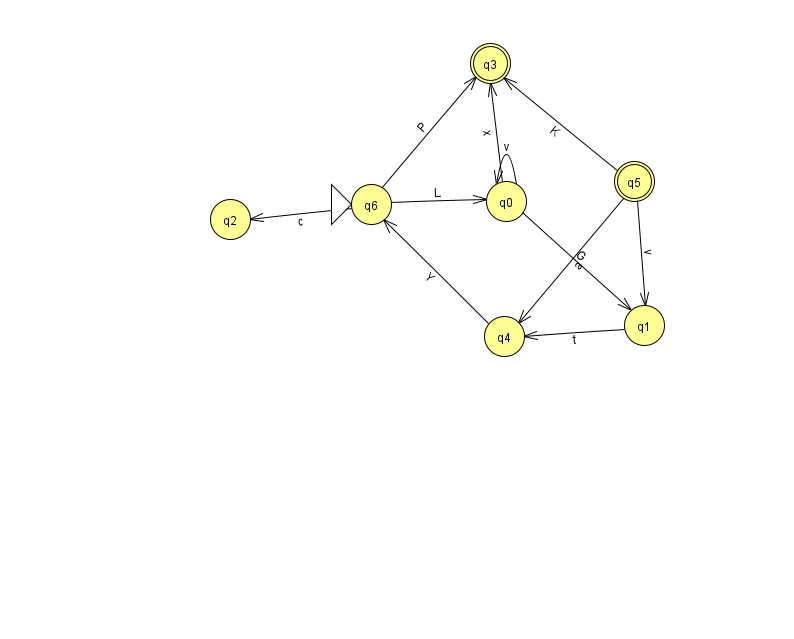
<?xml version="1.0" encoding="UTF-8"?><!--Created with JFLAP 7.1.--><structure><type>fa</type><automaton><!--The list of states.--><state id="0" name="q0"><x>506.0</x><y>188.0</y></state><state id="1" name="q1"><x>644.0</x><y>312.0</y></state><state id="2" name="q2"><x>230.0</x><y>206.0</y></state><state id="3" name="q3"><x>490.0</x><y>50.0</y><final/></state><state id="4" name="q4"><x>504.0</x><y>323.0</y></state><state id="5" name="q5"><x>634.0</x><y>168.0</y><final/></state><state id="6" name="q6"><x>371.0</x><y>191.0</y><initial/></state><!--The list of transitions.--><transition><from>5</from><to>3</to><read>K</read></transition><transition><from>6</from><to>2</to><read>c</read></transition><transition><from>0</from><to>1</to><read>G</read></transition><transition><from>4</from><to>6</to><read>Y</read></transition><transition><from>0</from><to>0</to><read>v</read></transition><transition><from>6</from><to>0</to><read>L</read></transition><transition><from>1</from><to>4</to><read>t</read></transition><transition><from>5</from><to>1</to><read>v</read></transition><transition><from>6</from><to>3</to><read>P</read></transition><transition><from>0</from><to>3</to><read>x</read></transition><transition><from>5</from><to>4</to><read>a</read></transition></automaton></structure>